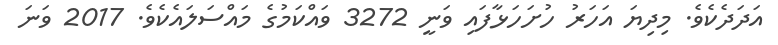
އަދަދެކެވެ. މިދިޔަ އަހަރު ހުށަހަޅާފައި ވަނީ 3272 ވައްކަމުގެ މައްސަލައެކެވެ. 2017 ވަނަ